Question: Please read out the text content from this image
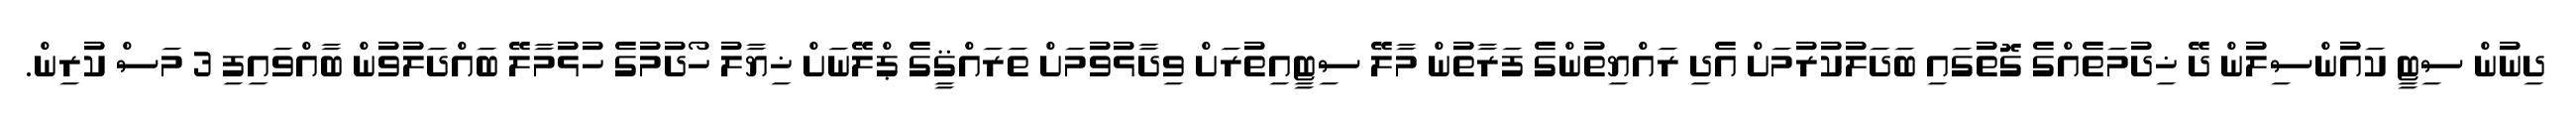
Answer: ދިނުން ސިޓީ ކައުންސިލުން ދޭ ޚިދުމަތެއްގެ ގޮތުގައި ބަދަލުކުރުމަށް އެދި ރައްޔިތުންގެ ފަރާތުން މާލޭ ސިޓީއިތުރަށް ވިދާޅުވުމަށް ތަރައްޤީގެ ޕްލޭނަށް ޚިޔާލު ހޯދުމުގެ ހުޅުމާލޭ ބައްދަލުވުން ބާއްވައިފި 3 މަސް ކުރިން.